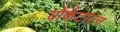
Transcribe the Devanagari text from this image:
योर्कटाउन